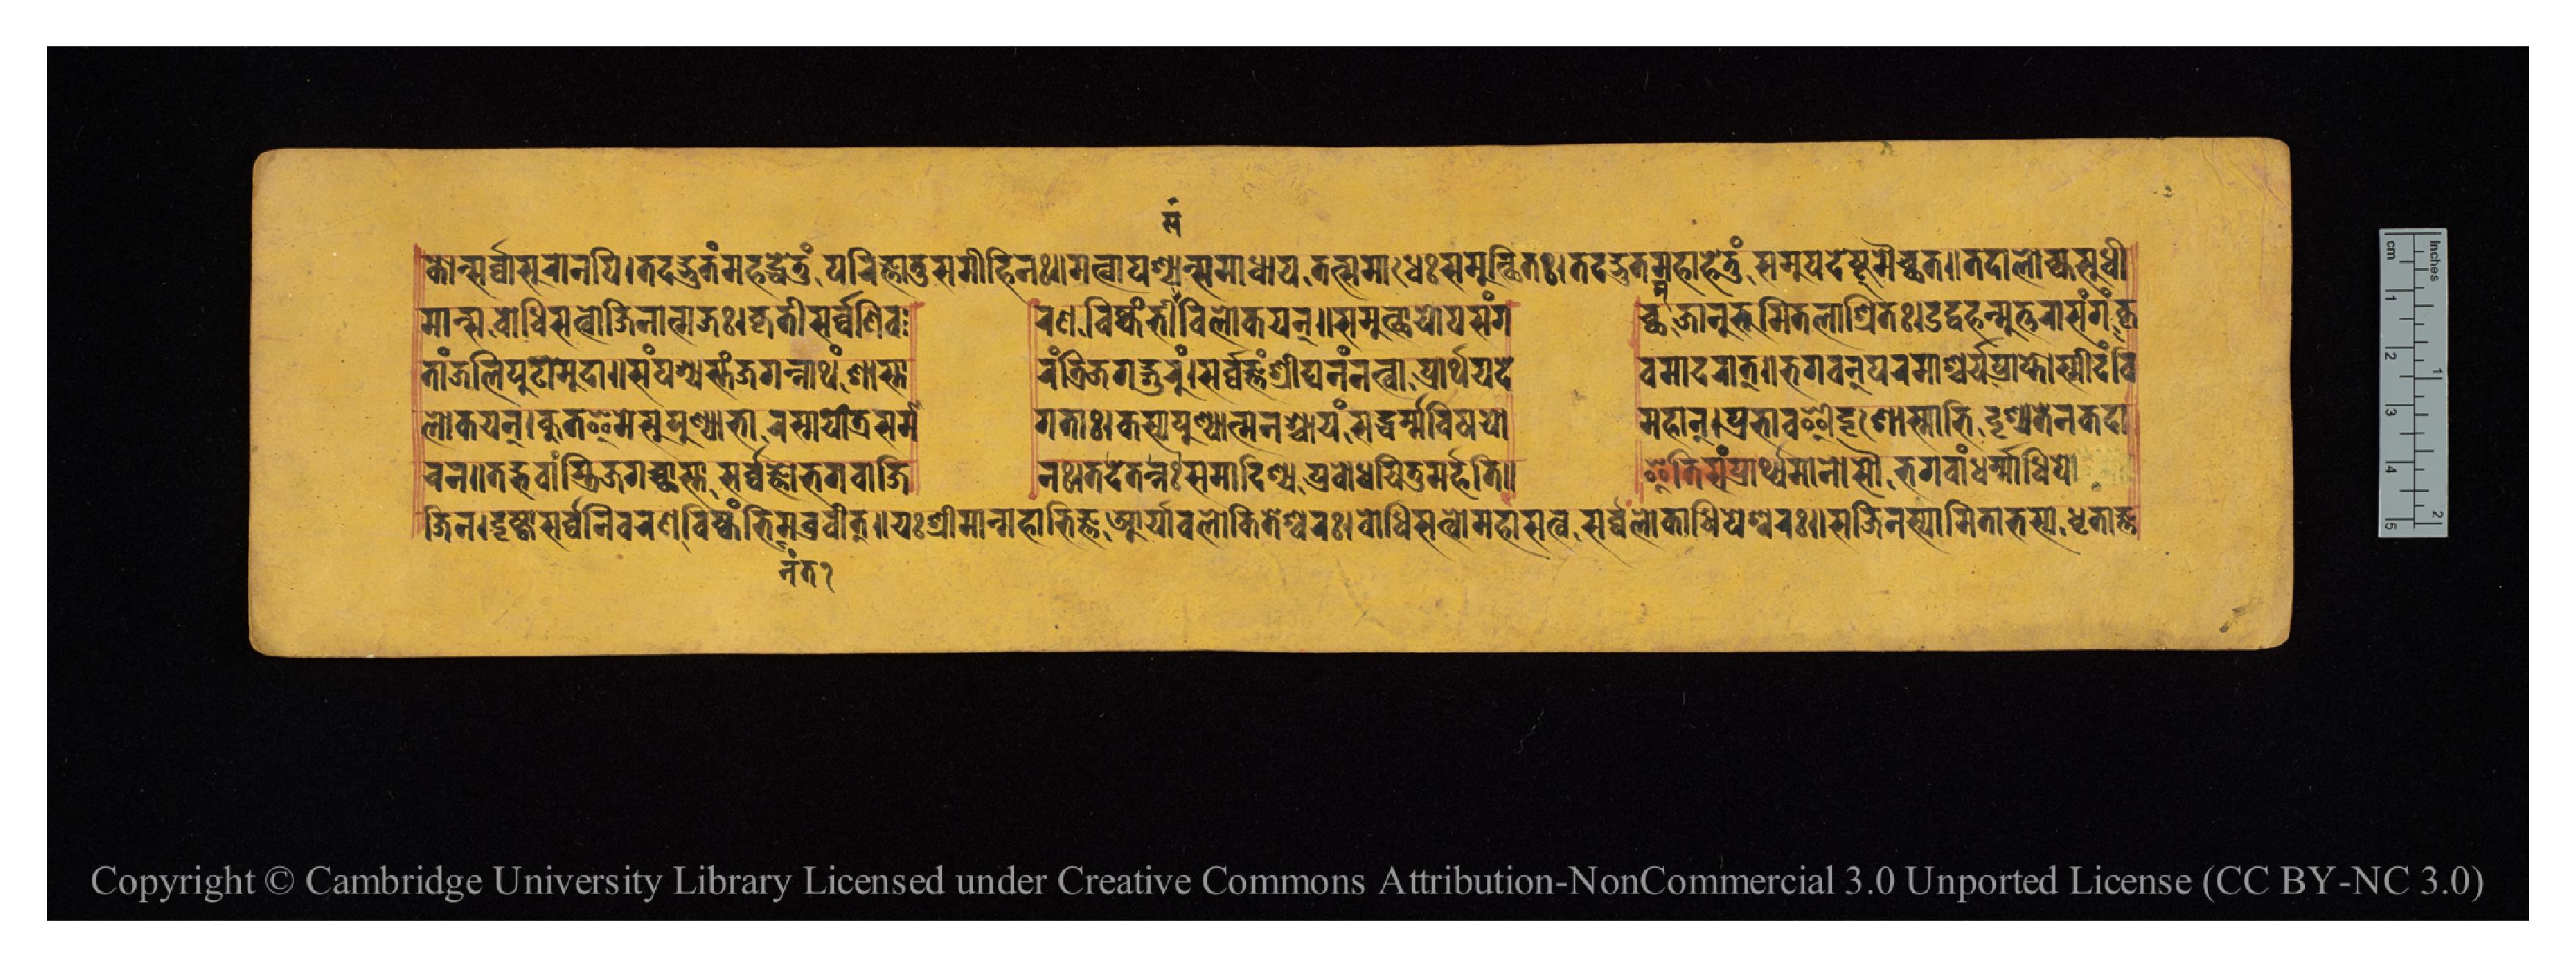
𑐎𑐵𑐣𑑂𑐳𑐬𑑂𑐰𑑂𑐰𑐵𑐳𑐸𑐬𑐵𑐣𑐥𑐶𑑋𑐟𑐡𑐡𑑂𑐨𑐸𑐟𑑄𑐩𑐴𑐡𑑂𑐢𑐾𑐟𑐸𑑄𑐥𑐬𑐶𑐖𑑂𑐘𑐵𑐟𑐸𑐳𑐩𑐷𑐴𑐶𑐣𑑅𑑌𑐐𑐟𑑂𑐰𑐵𑐥𑐱𑑂𑐫𑐣𑑂𑐳𑐩𑐵𑐢𑐵𑐫𑐟𑐟𑑂𑐳𑐩𑐵𑐢𑐾𑑅𑐳𑐩𑐸𑐟𑑂𑐠𑐶𑐟𑑅𑑋𑐟𑐡𑐡𑑂𑐨𑐸𑐟𑐩𑐴𑐵𑐴𑐾𑐟𑐸𑑄𑐳𑐩𑐸𑐥𑐵𑐡𑐾𑐲𑑂𑐚𑐸𑐩𑐿𑐔𑑂𑐕𑐟𑑌𑐟𑐡𑐵𑐮𑑀𑐎𑑂𑐫𑐳𑐸𑐢𑐷 𑐩𑐵𑐣𑑂𑐳𑐧𑑀𑐢𑐶𑐳𑐟𑑂𑐰𑑀𑐖𑐶𑐣𑐵𑐟𑑂𑐩𑐖𑑅𑑋𑐎𑐺𑐟𑐷𑐳𑐬𑑂𑐰𑑂𑐰𑐣𑐷𑐰  𑐬𑐞𑐰𑐶𑐲𑑂𑐎𑐩𑑂𑐨𑐷𑐳𑑄𑐰𑐶𑐮𑑀𑐎𑐫𑐣𑑂𑑌𑐳𑐩𑐸𑐟𑑂𑐠𑐵𑐫𑑀𑐥𑐳𑑄𑐐  𑐔𑑂𑐕𑐖𑐵𑐣𑐸𑐨𑐹𑐩𑐶𑐟𑐮𑐵𑐱𑑂𑐬𑐶𑐟𑑅𑑋𑐄𑐡𑑂𑐰𑐴𑐣𑑂𑐣𑐸𑐟𑑂𑐟𑐬𑐵𑐳𑑄𑐐𑑄𑐎𑐺 𑐟𑐵𑑄𑐖𑐮𑐶𑐥𑐸𑐚𑑀𑐩𑐸𑐡𑐵𑑌𑐳𑑄𑐥𑐱𑑂𑐫𑑄𑐳𑑂𑐟𑑄𑐖𑐐𑐣𑑂𑐣𑐵𑐠𑑄𑐱𑐵𑐳𑑂𑐟𑐵  𑐬𑑄𑐟𑑂𑐬𑐶𑐖𑐐𑐡𑑂𑐐𑐸𑐬𑐸𑑄𑑋𑐳𑐬𑑂𑐰𑑂𑐰𑐖𑑂𑐘𑑄𑐱𑑂𑐬𑐷𑐑𑐣𑑄𑐣𑐟𑑂𑐰𑐵𑐥𑑂𑐬𑐵𑐬𑑂𑐠𑐫𑐡𑐾  𑐰𑐩𑐵𑐡𑐬𑐵𑐟𑑂𑑌𑐨𑐐𑐰𑐣𑑂𑐥𑐬𑐩𑐵𑐱𑑂𑐔𑐬𑑂𑐫𑐥𑑂𑐬𑐵𑐥𑑂𑐟𑑀𑐳𑑂𑐩𑐷𑐡𑑄𑐰𑐶 𑐮𑑀𑐎𑐫𑐣𑑂𑑋𑐎𑐸𑐟𑐿𑐟𑐾𑐳𑐸𑐥𑐸𑐞𑑂𑐫𑐵𑐨𑐵𑐬𑐱𑑂𑐩𑐫𑑀𑐟𑑂𑐬𑐳𑐩𑐵  𑐐𑐟𑐵𑑅𑑋𑐎𑐳𑑂𑐫𑐥𑐸𑐞𑑂𑐫𑐵𑐟𑑂𑐩𑐣𑐱𑑂𑐔𑐵𑐫𑑄𑐳𑐡𑑂𑐢𑐬𑑂𑐩𑑂𑐩𑐰𑐶𑐲𑐫𑑀  𑐩𑐴𑐵𑐣𑑂𑑋𑐥𑑂𑐬𑐨𑐵𑐰𑐿𑐡𑐺𑐱𑑀𑐳𑑂𑐩𑐵𑐨𑐶𑐬𑑂𑐡𑐺𑐱𑑂𑐫𑐟𑐶𑐣𑐎𑐡𑐵 𑐖𑐶𑐣𑑅𑑋𑐡𑐺𑐌𑐲𑑂𑐚𑑂𑐰𑐵𑐁𑐳𑐬𑑂𑐰𑑂𑐰𑐣𑐷𑐰𑐬𑐞𑐰𑐶𑐲𑑂𑐎𑐩𑑂𑐨𑐶𑐩𑐧𑑂𑐬𑐰𑐷𑐟𑑂𑑌𑐫𑑅𑐱𑑂𑐬𑐷𑐩𑐵𑐣𑑂𑐩𑐴𑐵𑐨𑐶𑐖𑑂𑐘𑐁𑐬𑑂𑐫𑐵𑐰𑐮𑑀𑐎𑐶𑐟𑐾𑐱𑑂𑐰𑐬𑑅𑑋𑐧𑑀𑐢𑐶𑐳𑐟𑑂𑐰𑑀𑐩𑐴𑐵𑐳𑐟𑑂𑐰𑑅𑐳𑐬𑑂𑐰𑑂𑐰𑐮𑑀𑐎𑐵𑐢𑐶𑐥𑐾𑐱𑑂𑐰𑐬𑑅𑑌𑐳𑐖𑐶𑐣𑐳𑑂𑐫𑐵𑐩𑐶𑐟𑐵𑐨𑐳𑑂𑐫𑐢𑐺𑐟𑐵𑐖𑑂𑐘 𑐔𑐣𑑌𑐟𑐡𑑂𑐨𑐰𑐵𑑄𑐳𑑂𑐟𑑂𑐬𑐶𑐐𑐖𑐔𑑂𑐕𑐵𑐳𑑂𑐟𑐵𑐳𑐬𑑂𑐰𑑂𑐰𑐖𑑂𑐘𑑀𑐨𑐐𑐰𑐵𑐣𑑂𑐖𑐶  𑐣𑑅𑑋𑐟𑐡𑐾𑐟𑐣𑑂𑐣𑑅𑐳𑐩𑐵𑐡𑐶𑐱𑑂𑐫𑐥𑑂𑐬𑐧𑑀𑐢𑐫𑐶𑐟𑐸𑐩𑐬𑑂𑐴𑐟𑐶𑑌  𑐂𑐟𑐶𑐳𑑄𑐥𑑂𑐬𑐵𑐬𑑂𑐠𑑂𑐫𑐩𑐵𑐣𑑀𑐳𑑁𑐨𑐐𑐰𑐵𑐣𑑂𑐢𑐬𑑂𑐩𑐵𑐢𑐶𑐥𑑀